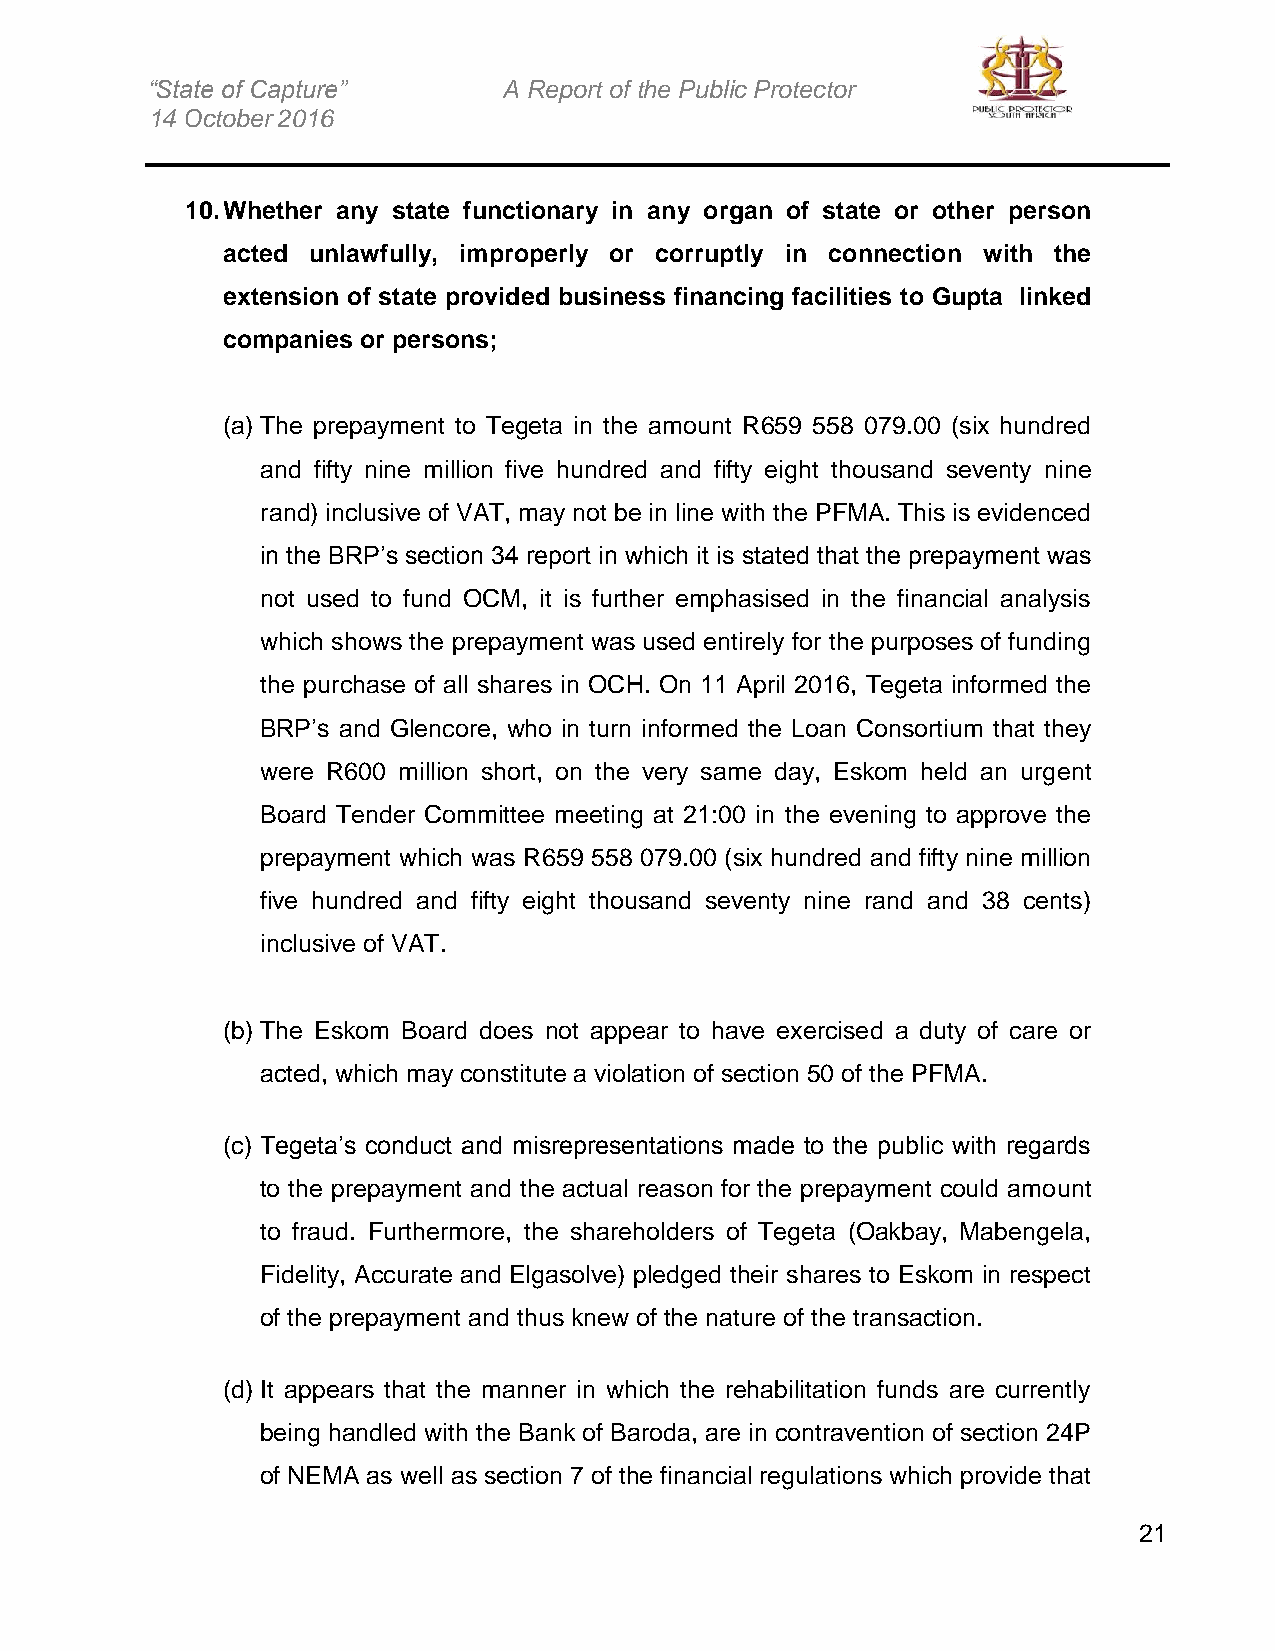
“State of Capture”     A Report of the Public Protector
 14 October 2016
 10. Whether any state functionary in any organ of state or other person
 acted unlawfully, improperly or corruptly in connection with the
 extension of state provided business financing facilities to Gupta linked
 companies or persons;
 (a) The prepayment to Tegeta in the amount R659 558 079.00 (six hundred
 and fifty nine million five hundred and fifty eight thousand seventy nine
 rand) inclusive of VAT, may not be in line with the PFMA. This is evidenced
 in the BRP’s section 34 report in which it is stated that the prepayment was
 not used to fund OCM, it is further emphasised in the financial analysis
 which shows the prepayment was used entirely for the purposes of funding
 the purchase of all shares in OCH. On 11 April 2016, Tegeta informed the
 BRP’s and Glencore, who in turn informed the Loan Consortium that they
 were R600 million short, on the very same day, Eskom held an urgent
 Board Tender Committee meeting at 21:00 in the evening to approve the
 prepayment which was R659 558 079.00 (six hundred and fifty nine million
 five hundred and fifty eight thousand seventy nine rand and 38 cents)
 inclusive of VAT.
 (b) The Eskom Board does not appear to have exercised a duty of care or
 acted, which may constitute a violation of section 50 of the PFMA.
 (c) Tegeta’s conduct and misrepresentations made to the public with regards
 to the prepayment and the actual reason for the prepayment could amount
 to fraud. Furthermore, the shareholders of Tegeta (Oakbay, Mabengela,
 Fidelity, Accurate and Elgasolve) pledged their shares to Eskom in respect
 of the prepayment and thus knew of the nature of the transaction.
 (d) It appears that the manner in which the rehabilitation funds are currently
 being handled with the Bank of Baroda, are in contravention of section 24P
 of NEMA as well as section 7 of the financial regulations which provide that
 21